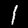
Digit: 1